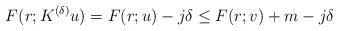
LaTeX: \begin{align*}F(r; K^{(\delta)} u)= F(r;u) -j\delta \le F(r;v)+m-j\delta\end{align*}